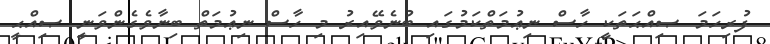
ފުރިހަމަ ޞިއްޙަތަކީ ހާސް ނިޢުމަތްކަމުގައި ބުނެވޭއިރު މި ހާސް ނިޢުމަތް ބިނާވެގެންވަނީ ޞިއްޙީ